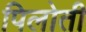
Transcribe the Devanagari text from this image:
पिलोती